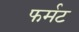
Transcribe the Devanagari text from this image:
फर्मट